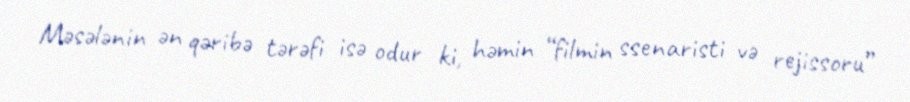
Məsələnin ən qəribə tərəfi isə odur ki, həmin “filmin ssenaristi və rejissoru”